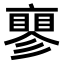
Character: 𬽝